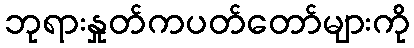
ဘုရားနှုတ်ကပတ်တော်များကို